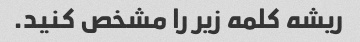
ریشه کلمه زیر را مشخص کنید.